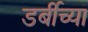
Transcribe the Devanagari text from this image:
डर्बीच्या